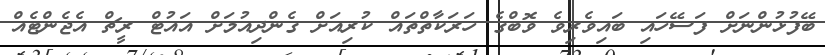
ބޭފުޅުންނަށް ފަސޭހައި ބައިވެރިވެ ވޮބްގެ ހަރަކާތްތައް ކުރިއަށް ގެންދިއުމަށް އައުޓް ރީޗް އެޖެންޓެއް